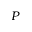
P